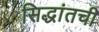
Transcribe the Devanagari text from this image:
सिद्धांतची